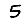
Digit: 5